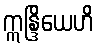
ဣန္ဒြိယေဟိ